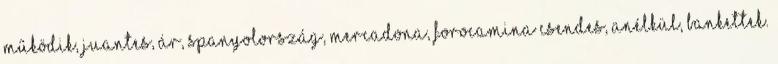
működik, juantes, ár, Spanyolország, mercadona, forocamina csendes, anélkül, bankettek.